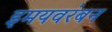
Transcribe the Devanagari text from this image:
इमयवरंबन